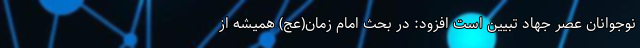
نوجوانان عصر جهاد تبیین است افزود: در بحث امام زمان(عج) همیشه از